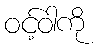
ဝင့်ဝါကို